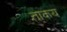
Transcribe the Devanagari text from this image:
ताकय